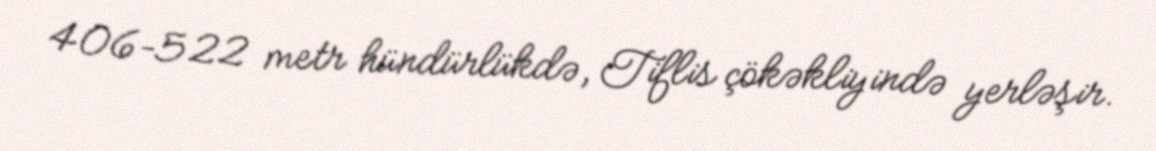
406–522 metr hündürlükdə, Tiflis çökəkliyində yerləşir.